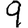
Digit: 9